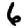
Digit: 6